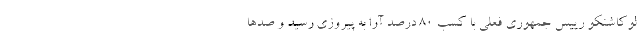
لوکاشنکو رییس جمهوری فعلی با کسب ۸۰ درصد آرا به پیروزی رسید و صدها